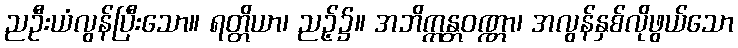
ညဦးယံလွန်ပြီးသော။ ရတ္တိယာ၊ ညဉ့်၌။ အဘိက္ကန္တဝဏ္ဏာ၊ အလွန်နှစ်လိုဖွယ်သော